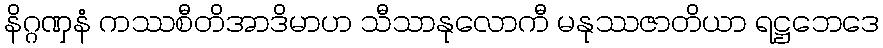
နိဂ္ဂဏှနံ ကဿစီတိအာဒိမာဟ သီသာနုလောကီ မနုဿဇာတိယာ ရဋ္ဌဘေဒေ